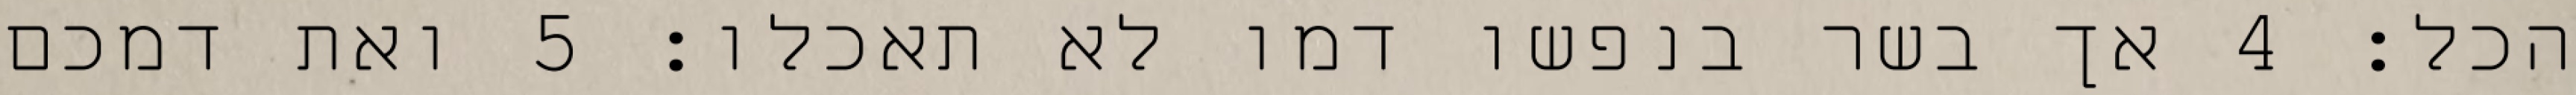
הכל׃ ‎4‏ אך בשר בנפשו דמו לא תאכלו׃ ‎5‏ ואת דמכם